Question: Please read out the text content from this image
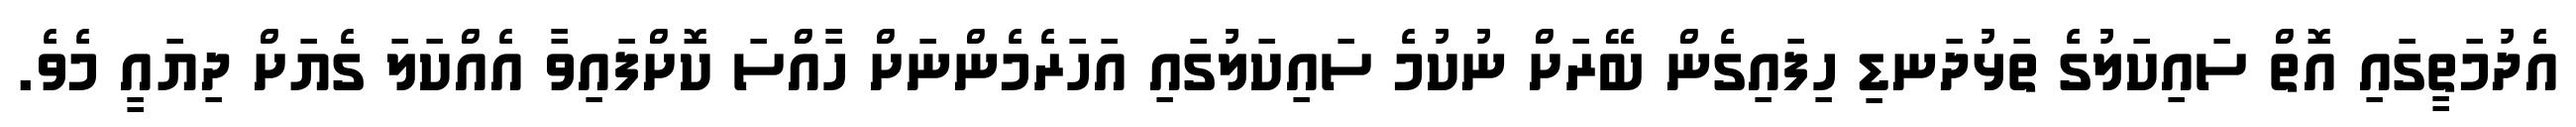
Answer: އެދުމަތީގައި އޮތް ސައިކަލުގެ ތަޅުދަނޑި ހިފައިގެން ބޭރަށް ނުކުމެ ސައިކަލުގައި އަހަރެމެންނަށް ހާއްސަ ކޮށްފައިވާ އެއްކަލަ ގެޔަށް ދިޔައީ މެވެ.